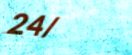
24/7